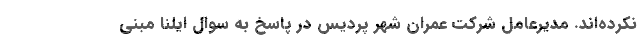
نکرده‌اند. مدیرعامل شرکت عمران شهر پردیس در پاسخ به سوال ایلنا مبنی